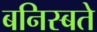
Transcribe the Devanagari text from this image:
बनिस्बते